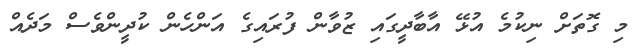
މި ގޮތަށް ނިކުމެ އުޅޭ އާބާދީގައި ޒުވާން ފުރައިގެ އަންހެން ކުދީންވެސް މަދެއް